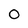
Character: 0